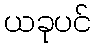
ယခုပင်